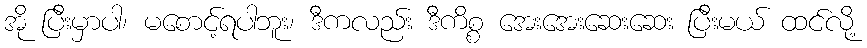
အို ပြီးမှာပါ၊ မစောင့်ရပါဘူး၊ ဒီကလည်း ဒီကိစ္စ အေးအေးဆေးဆေး ပြီးမယ် ထင်လို့